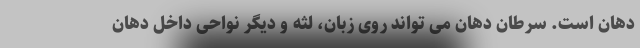
دهان است. سرطان دهان می تواند روی زبان، لثه و دیگر نواحی داخل دهان